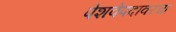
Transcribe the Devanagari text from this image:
पेशवेपदावरचा